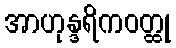
အာဟုန္ဒရိကဝတ္ထု